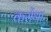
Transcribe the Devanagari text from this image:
करोंथा